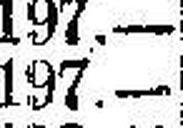
197.—